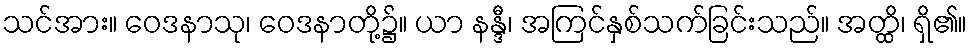
သင်အား။ ဝေဒနာသု၊ ဝေဒနာတို့၌။ ယာ နန္ဒီ၊ အကြင်နှစ်သက်ခြင်းသည်။ အတ္ထိ၊ ရှိ၏။